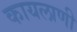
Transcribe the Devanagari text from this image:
कायलाणी